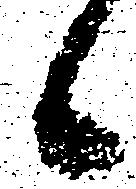
候